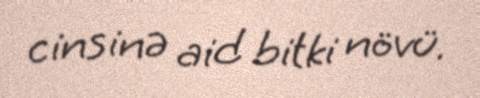
cinsinə aid bitki növü.